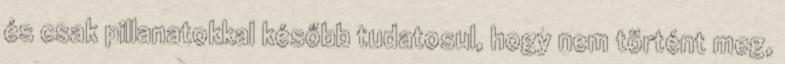
és csak pillanatokkal később tudatosul, hogy nem történt meg,